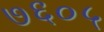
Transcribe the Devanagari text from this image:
७६०५